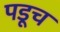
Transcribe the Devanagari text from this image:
पडूच